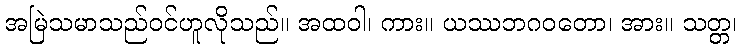
အမြဲသမာသည်ဝင်ဟူလိုသည်။ အထဝါ၊ ကား။ ယဿဘဂဝတော၊ အား။ သတ္တ၊